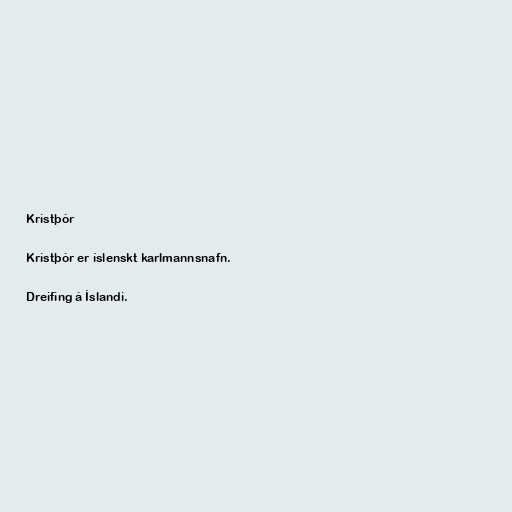
Kristþór

Kristþór er íslenskt karlmannsnafn.

Dreifing á Íslandi.